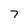
Character: 7